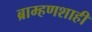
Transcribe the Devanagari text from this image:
ब्राम्हणशाही